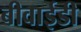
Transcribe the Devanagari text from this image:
बीवाईडी